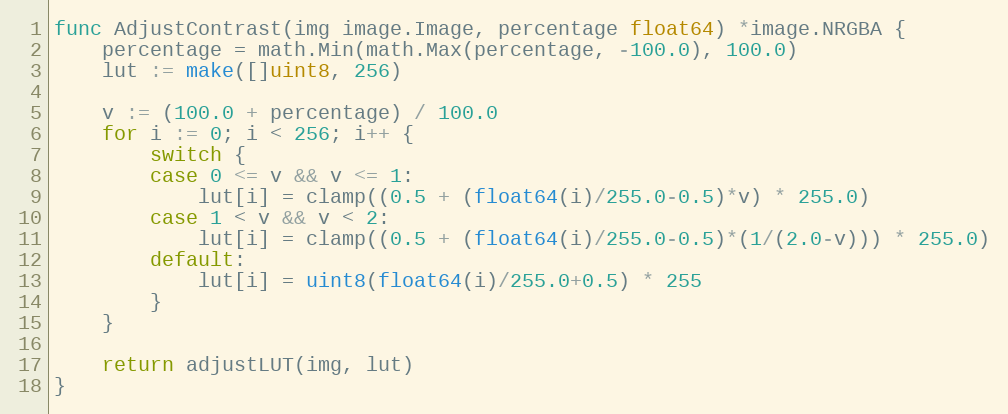
Language: Go
func AdjustContrast(img image.Image, percentage float64) *image.NRGBA {
	percentage = math.Min(math.Max(percentage, -100.0), 100.0)
	lut := make([]uint8, 256)

	v := (100.0 + percentage) / 100.0
	for i := 0; i < 256; i++ {
		switch {
		case 0 <= v && v <= 1:
			lut[i] = clamp((0.5 + (float64(i)/255.0-0.5)*v) * 255.0)
		case 1 < v && v < 2:
			lut[i] = clamp((0.5 + (float64(i)/255.0-0.5)*(1/(2.0-v))) * 255.0)
		default:
			lut[i] = uint8(float64(i)/255.0+0.5) * 255
		}
	}

	return adjustLUT(img, lut)
}